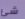
شئ